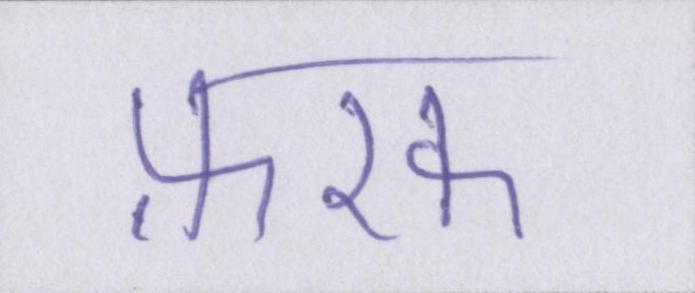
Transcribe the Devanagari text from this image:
फ़रक